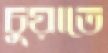
চুয়াতে